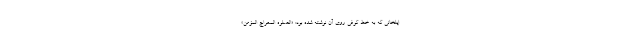
ایلخانی که به خط کوفی روی آن نوشته شده بود: «الصلوه المعراج المؤمن».